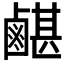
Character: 𪉯